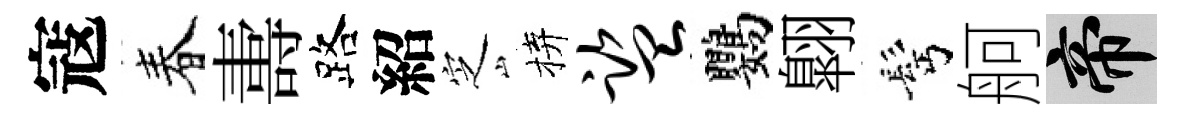
寇春夀路紹㝎拚监鸚翺髩舸帝